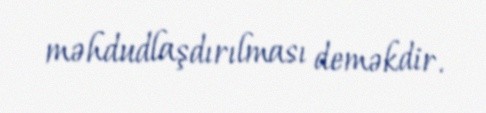
məhdudlaşdırılması deməkdir.